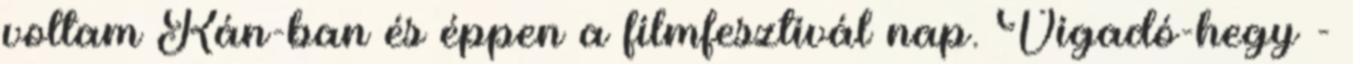
voltam Kán-ban és éppen a filmfesztivál nap. Vigadó-hegy -